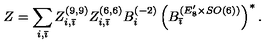
Z = \sum _ { i , \bar { \imath } } Z _ { i , \bar { \imath } } ^ { ( 9 , 9 ) } Z _ { i , \bar { \imath } } ^ { ( 6 , 6 ) } B _ { i } ^ { ( - 2 ) } \left( B _ { \bar { \imath } } ^ { ( E _ { 8 } ^ { \prime } \times S O ( 6 ) ) } \right) ^ { * } .